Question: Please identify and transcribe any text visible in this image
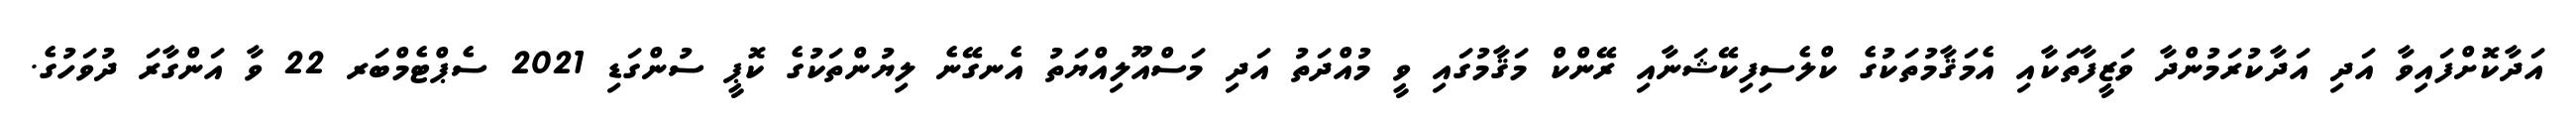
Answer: އަދާކޮށްފައިވާ އަދި އަދާކުރަމުންދާ ވަޒީފާތަކާއި އެމަޤާމުތަކުގެ ކްލެސިފިކޭޝަނާއި ރޭންކް މަޤާމުގައި ވީ މުއްދަތު އަދި މަސްއޫލިއްޔަތު އެނގޭނެ ލިޔުންތަކުގެ ކޮޕީ ސުންގަޑި 2021 ސެޕްޓެމްބަރ 22 ވާ އަންގާރަ ދުވަހުގެ.